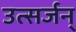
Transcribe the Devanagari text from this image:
उत्सर्जन्